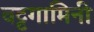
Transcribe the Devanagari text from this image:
वट्टगामिनी